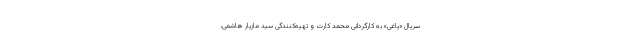
سریال «یاغی» به کارگردانی محمد کارت و تهیه‌کنندگی سید مازیار هاشمی،